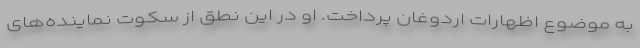
به موضوع اظهارات اردوغان پرداخت. او در این نطق از سکوت نماینده‌های